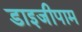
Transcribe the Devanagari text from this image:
डाइजीपाम